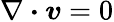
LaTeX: \nabla\boldsymbol{\cdot}\boldsymbol{v}=0